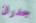
جدران